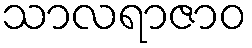
သာလရာဇာဝ